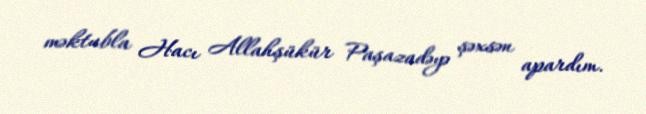
məktubla Hacı Allahşükür Paşazadəyə şəxsən apardım.